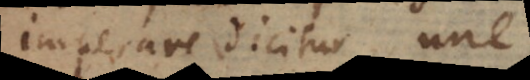
imperare dicitur, une